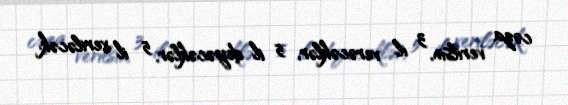
cəza verilsin, 3 il verəcəklər, 5 il deyəcəklər, 5 il veriləcək.